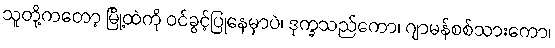
သူတို့ကတော့ မြို့ထဲကို ဝင်ခွင့်ပြုနေမှာပဲ၊ ဒုက္ခသည်ကော၊ ဂျာမန်စစ်သားကော၊